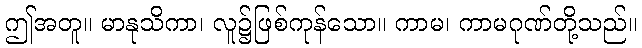
ဤအတူ။ မာနုသိကာ၊ လူ၌ဖြစ်ကုန်သော။ ကာမ၊ ကာမဂုဏ်တို့သည်။